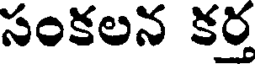
సంకలన కర్త